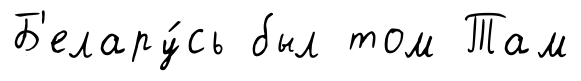
Б'елару́сь был том Там